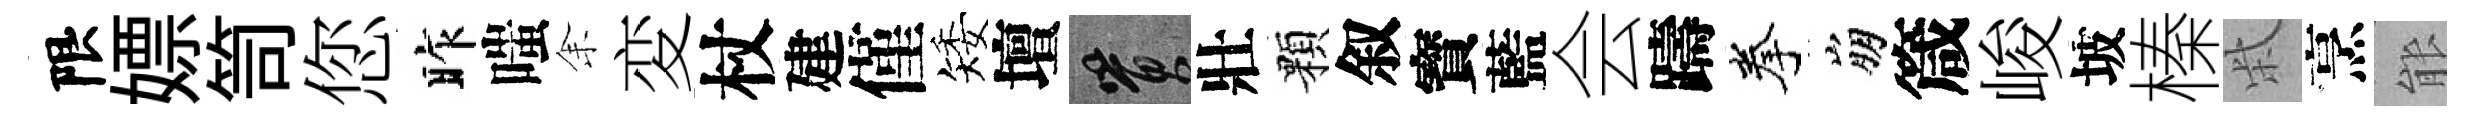
限嫖笥您昨嗤𪜬変杖建僅矮壇篔壯顆叙寳藍会躊拳崩箴峻坡榛柴烹䏻